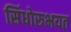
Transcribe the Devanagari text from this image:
सिंधोरुभयत